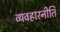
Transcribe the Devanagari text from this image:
व्यवहारनीति